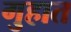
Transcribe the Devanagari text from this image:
गुहात